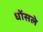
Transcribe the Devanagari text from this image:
धोंसले